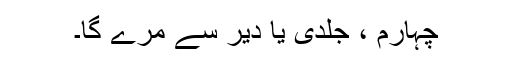
چہارم ، جلدی یا دیر سے مرے گا۔